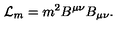
{ \cal L } _ { m } = m ^ { 2 } B ^ { \mu \nu } B _ { \mu \nu } .